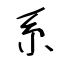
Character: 系